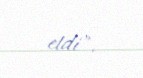
etdi".